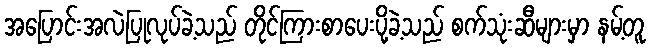
အပြောင်းအလဲပြုလုပ်ခဲ့သည် တိုင်ကြားစာပေးပို့ခဲ့သည် စက်သုံးဆီများမှာ နမ့်တူ